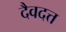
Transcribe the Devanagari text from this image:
दैवदत्त